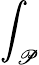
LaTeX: \int_{\mathscr{P}}